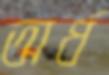
অর্ধ